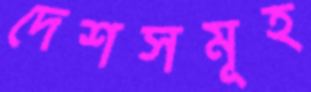
দেশসমূহ